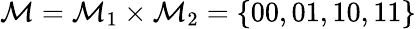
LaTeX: \mathcal{M}=\mathcal{M}_{1}\times\mathcal{M}_{2}=\{ 00,01,10,11\}